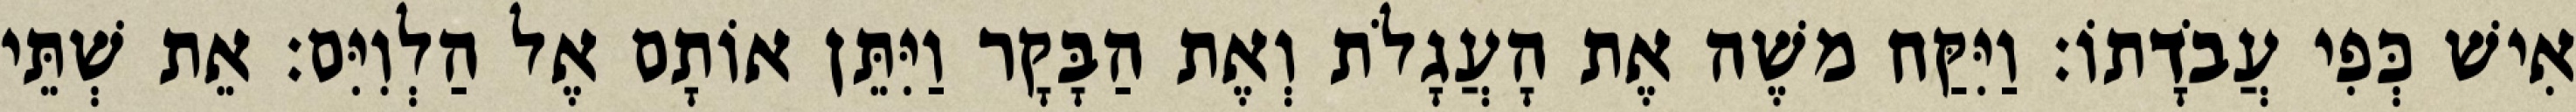
אִישׁ כְּפִי עֲבֹדָתוֹ׃ וַיִּקַּח משֶׁה אֶת הָעֲגָלֹת וְאֶת הַבָּקָר וַיִּתֵּן אוֹתָם אֶל הַלְוִיִּם׃ אֵת שְׁתֵּי